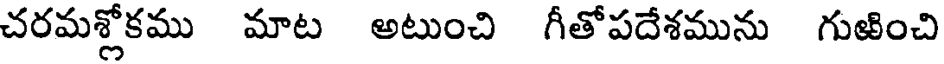
చరమశ్లోకము మాట అటుంచి గీతోపదేశమును గుఱించి